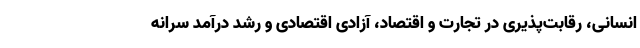
انسانی، رقابت‌پذیری در تجارت و اقتصاد، آزادی اقتصادی و رشد درآمد سرانه